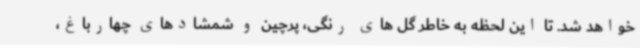
خواهد شد. تا این لحظه به خاطر گل های رنگی، پرچین و شمشادهای چهارباغ،